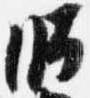
時